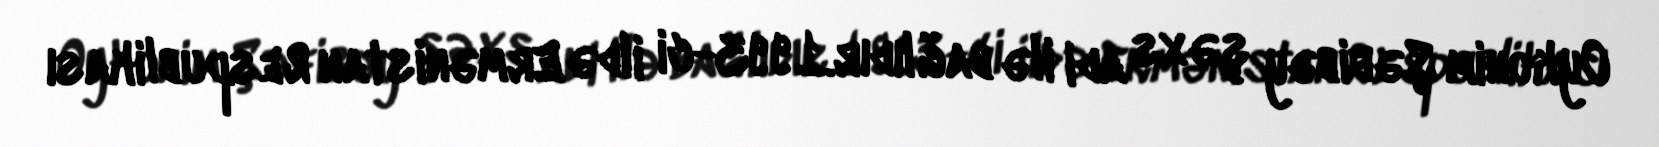
Oykonim Şəfibəy şəxs adi ilə bağlıdır.1993-ci ildə Ermənistan Respublikası